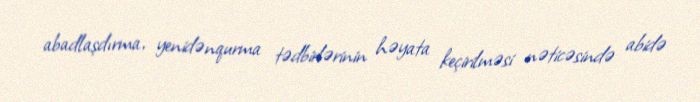
abadlaşdırma, yenidənqurma tədbirlərinin həyata keçirilməsi nəticəsində abidə